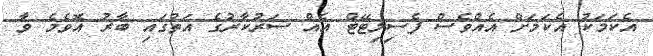
އެކަމަކު އެކަމަށް އެއްވެސް ފެސިލިޓޭޓް އެއް ސަރުކާރުގެ އަތުގައި ބާރު އޮވެމެ ވާ